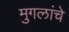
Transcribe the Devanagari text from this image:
मुगलांचे